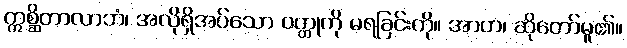
ဣစ္ဆိတာလာဘံ၊ အလိုရှိအပ်သော ဝတ္ထုကို မရခြင်းကို။ အာဟ၊ ဆိုတော်မူ၏။